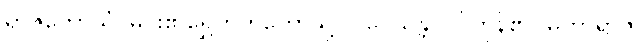
ရာဇကောသံ၊ မင်း၏ရွှေတိုက်တော်သို့။ ပဝေသန္တိ၊ ဝင်ကုန်၏။ မဟာရာဇ၊